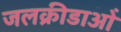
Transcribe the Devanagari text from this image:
जलक्रीडाओं